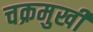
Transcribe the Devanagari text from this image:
चक्रमुखी